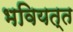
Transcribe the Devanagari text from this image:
भवियत्त